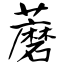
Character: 蘑